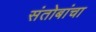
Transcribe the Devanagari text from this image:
संतोबांचा